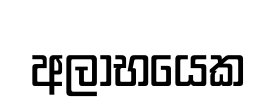
අලාභයෙක